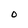
Character: O